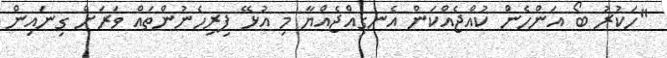
"ހަކުރު ބޯ އަންހެން ކުއްޖެއްކަން އެނގިއްޖެއްޔާ މި އުޅޭ ފިރިހެނުންތައް ވަރަށް ގިނައިން